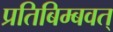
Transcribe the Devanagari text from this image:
प्रतिबिम्बवत्